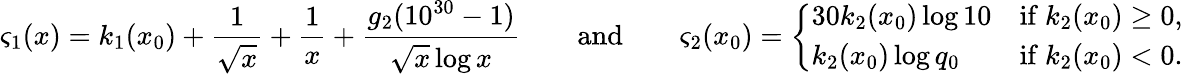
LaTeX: \varsigma_{1}(x)=k_{1}(x_{0})+\frac{1}{\sqrt{x}}+\frac{1}{x}+\frac{g_{2}(10^{30}-1)}{\sqrt{x}\log{x}}\qquad\mathrm{and}\qquad\varsigma_{2}(x_{0})=\left\{ \begin{array}{ll}{30k_{2}(x_{0})\log{10}}&{\mathrm{if~}k_{2}(x_{0})\geq 0,}\\ {k_{2}(x_{0})\log{q_{0}}}&{\mathrm{if~}k_{2}(x_{0})<0.}\end{array}\right.